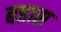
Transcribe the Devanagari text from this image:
बहास